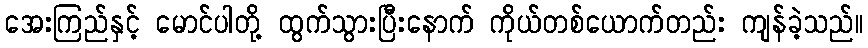
အေးကြည်နှင့် မောင်ပါတို့ ထွက်သွားပြီးနောက် ကိုယ်တစ်ယောက်တည်း ကျန်ခဲ့သည်။